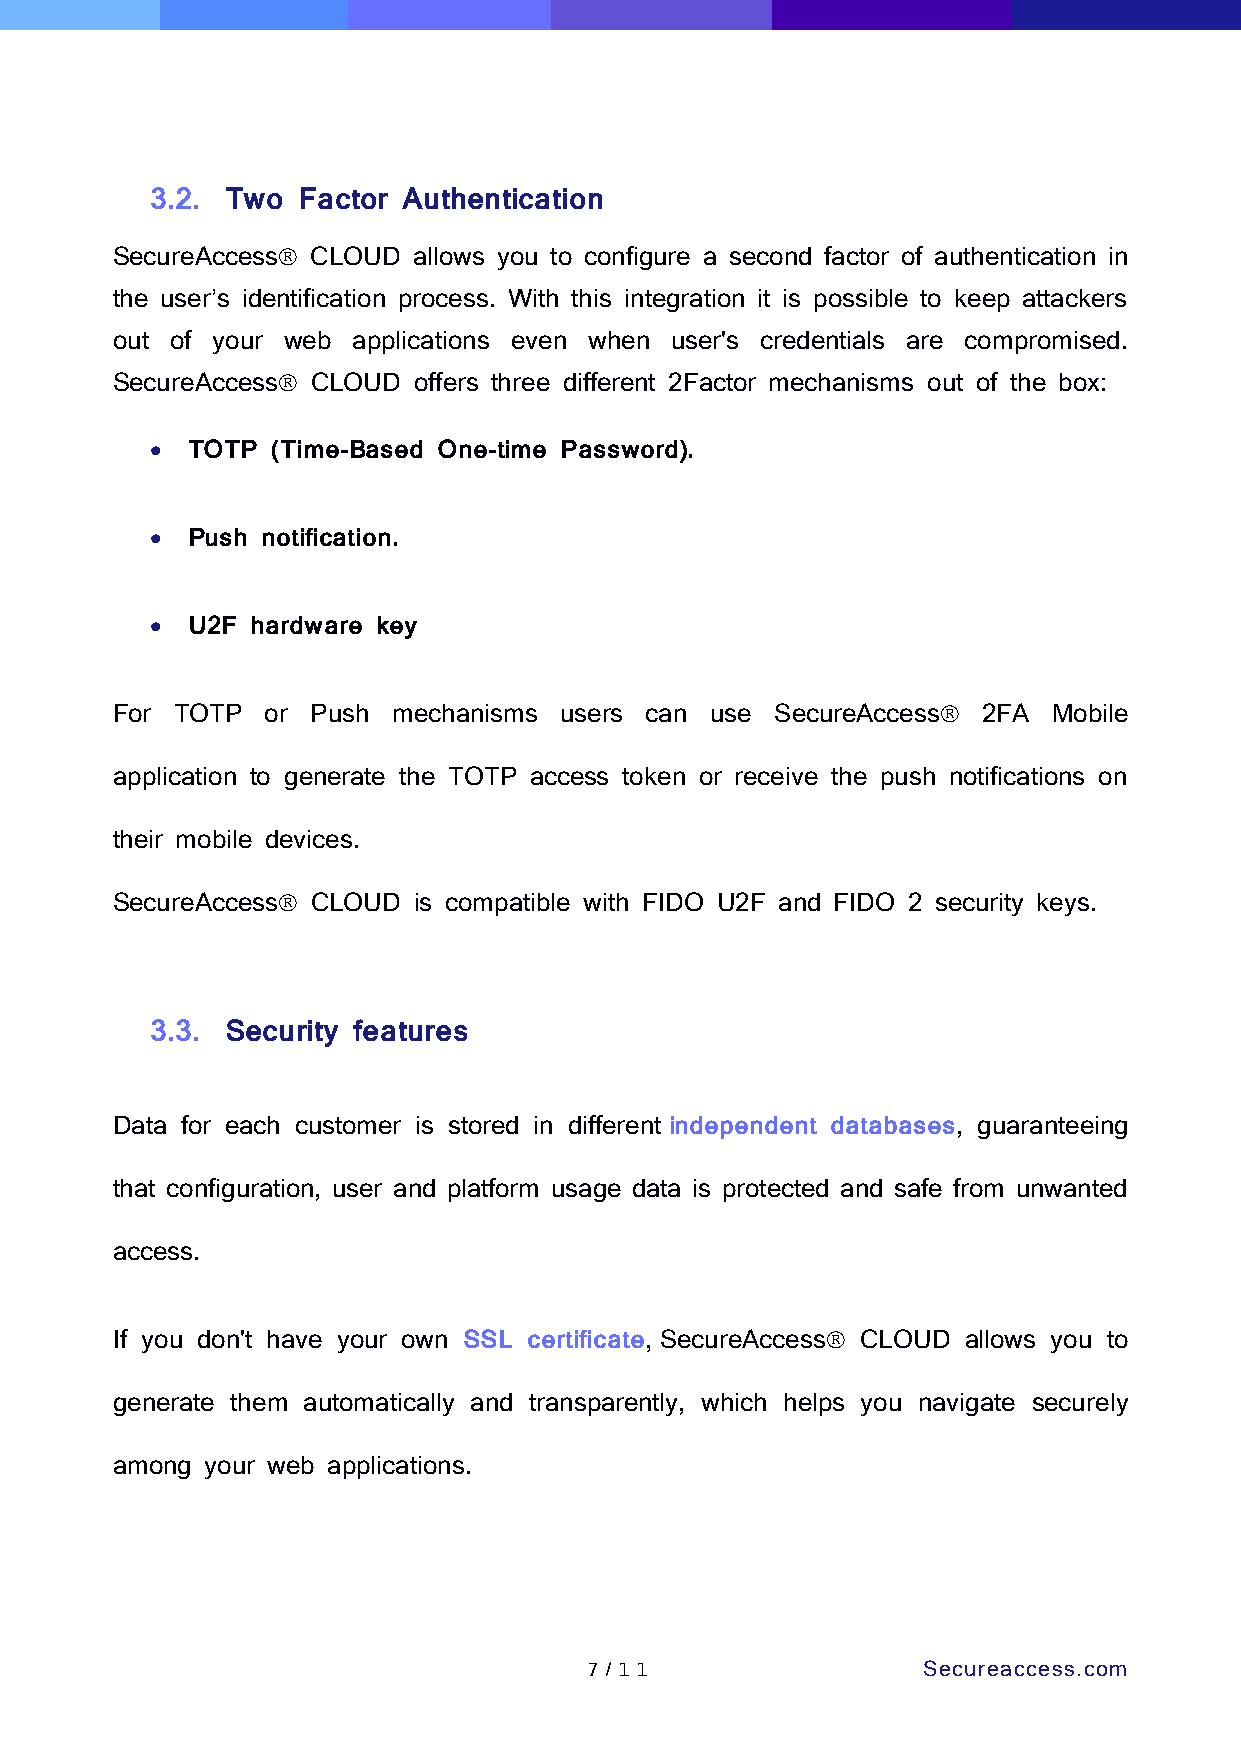
3.2. Two  Factor Authentication
 SecureAccess CLOUD allows you to configure a second factor of authentication in
 the user’s identification process. With this integration it is possible to keep attackers
 out of your web applications even when user's credentials are compromised.
 SecureAccess CLOUD offers three different 2Factor mechanisms out of the box:
 • TOTP  (Time-Based One-time Password).
 • Push notification.
 • U2F  hardware key
 For TOTP   or Push mechanisms users can use SecureAccess 2FA  Mobile
 application to generate the TOTP access token or receive the push notifications on
 their mobile devices.
 SecureAccess CLOUD is compatible with FIDO U2F and FIDO 2 security keys.
 3.3. Security features
 Data for each customer is stored in different independent databases, guaranteeing
 that configuration, user and platform usage data is protected and safe from unwanted
 access.
 If you don't have your own SSL certificate, SecureAccess CLOUD allows you to
 generate them automatically and transparently, which helps you navigate securely
 among  your web applications.
 7 /1 1                Secureaccess.com